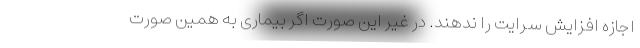
اجازه افزایش سرایت را ندهند. در غیر این صورت اگر بیماری به همین صورت